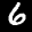
Label: 6